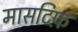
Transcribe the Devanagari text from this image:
मासटिफ़